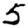
Digit: 5